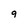
Character: 9